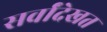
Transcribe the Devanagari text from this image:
सर्वांदेखत